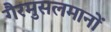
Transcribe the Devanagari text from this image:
गैरमुसलमानों